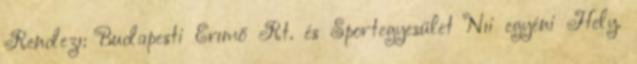
Rendezı: Budapesti Erımő Rt. és Sportegyesület Nıi egyéni Hely.